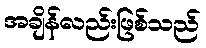
အချိန်လည်းဖြစ်သည်